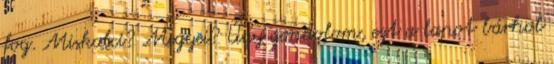
fog. Miskolci? Megyei? Úgy gondolom, ezt a lapot bárhol